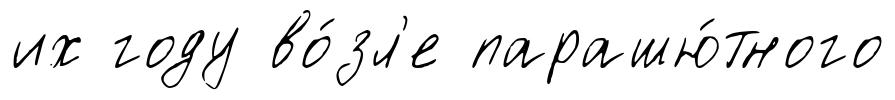
их году во́зл'е парашю́тного